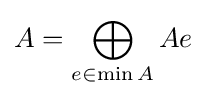
A=\bigoplus _{e\in \min A}Ae